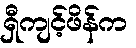
ရှီကျင့်ဖိန်က